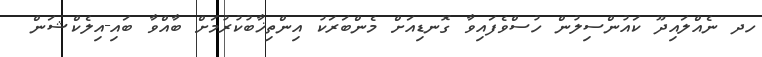
ހދ ނެއްލައިދޫ ކައުންސިލުން ހުސްވެފައިވާ ގޮނޑިއަށް މެންބަރަކު އިންތިޚާބުކުރުމަށް ބާއްވާ ބައި-އިލެކްޝަން